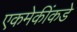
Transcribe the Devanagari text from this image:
एकमेकींकडे